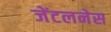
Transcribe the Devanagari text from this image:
जेंटलनेस